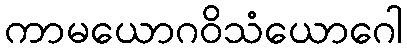
ကာမယောဂဝိသံယောဂေါ